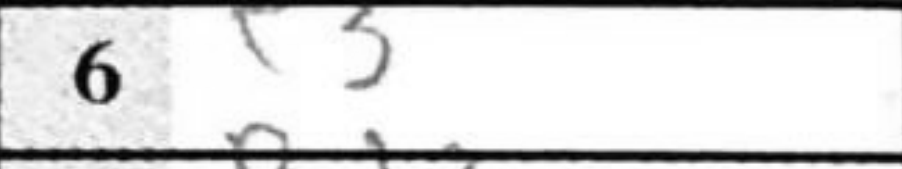
Transcription: e3